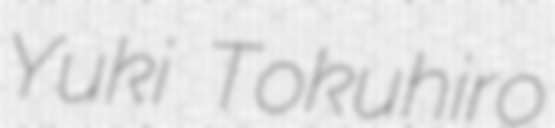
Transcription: Yuki Tokuhiro